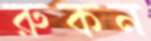
রুকন